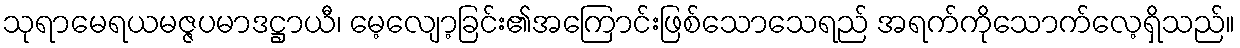
သုရာမေရယမဇ္ဇပမာဒဋ္ဌာယီ၊ မေ့လျော့ခြင်း၏အကြောင်းဖြစ်သောသေရည် အရက်ကိုသောက်လေ့ရှိသည်။